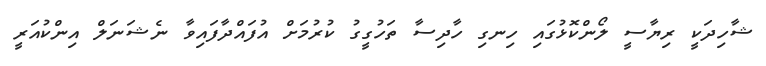
ޝާހިދަކީ ރިޔާސީ ލޯންކޮޅުގައި ހިނގި ހާދިސާ ތަހުގީގު ކުރުމަށް އުފައްދާފައިވާ ނެޝަނަލް އިންކުއަރީ